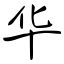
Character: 华